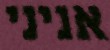
אניני